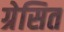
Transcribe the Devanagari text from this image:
ग्रेसित